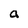
Character: a